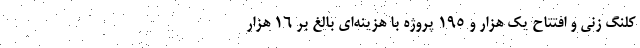
کلنگ زنی و افتتاح یک هزار و ۱۹۵ پروژه با هزینه‌ای بالغ بر ۱۶ هزار